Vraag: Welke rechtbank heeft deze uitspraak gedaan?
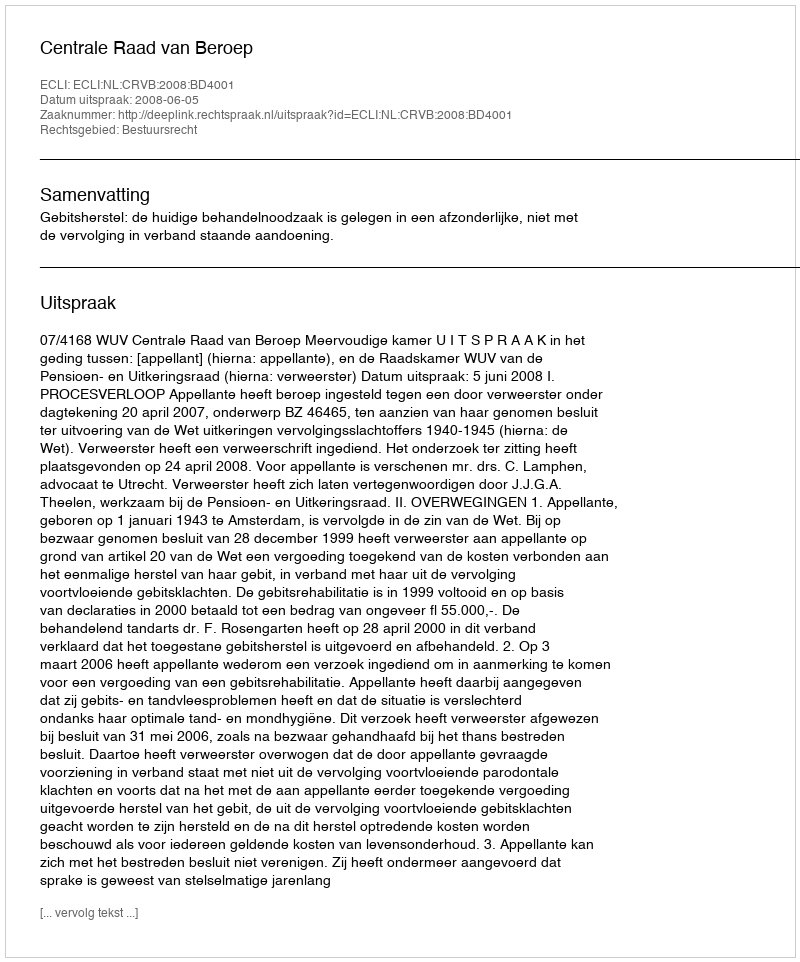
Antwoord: Centrale Raad van Beroep